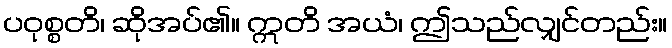
ပဝုစ္စတိ၊ ဆိုအပ်၏။ ဣတိ အယံ၊ ဤသည်လျှင်တည်း။